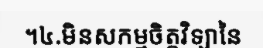
។៤.មិនសកម្មចិត្តវិទ្យានៃ